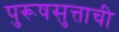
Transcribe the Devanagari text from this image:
पुरूषसुत्ताची